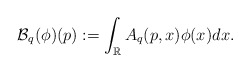
\begin{align*}\mathcal{B}_q(\phi)(p):=\displaystyle \int_{\mathbb{R}}A_q(p,x)\phi(x)dx.\end{align*}